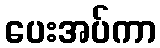
ပေးအပ်ကာ